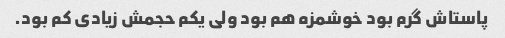
پاستاش گرم بود خوشمزه هم بود ولی یکم حجمش زیادی کم بود.